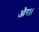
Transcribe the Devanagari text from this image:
और।।